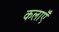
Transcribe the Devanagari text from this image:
कलाऍँ